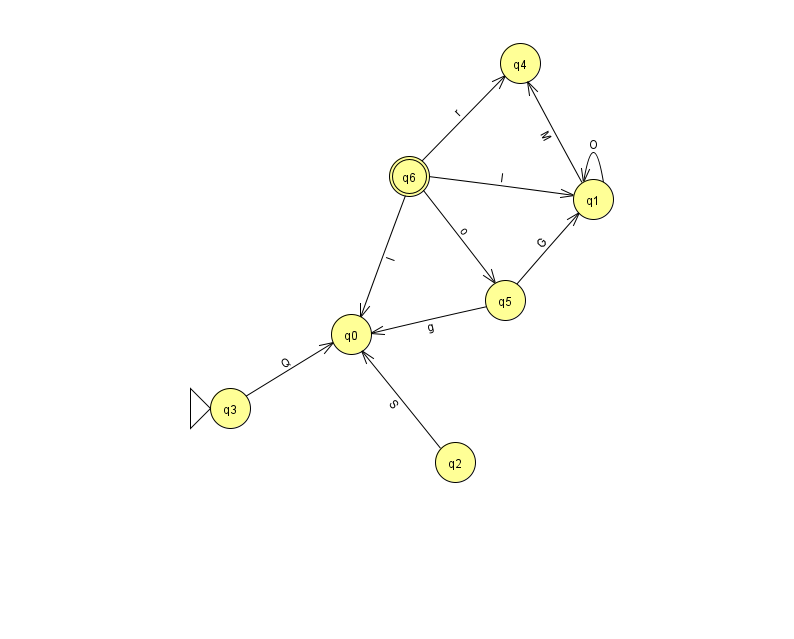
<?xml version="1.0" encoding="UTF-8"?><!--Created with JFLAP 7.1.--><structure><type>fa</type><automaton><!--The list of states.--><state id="0" name="q0"><x>351.0</x><y>321.0</y></state><state id="1" name="q1"><x>593.0</x><y>186.0</y></state><state id="2" name="q2"><x>455.0</x><y>449.0</y></state><state id="3" name="q3"><x>230.0</x><y>395.0</y><initial/></state><state id="4" name="q4"><x>520.0</x><y>50.0</y></state><state id="5" name="q5"><x>505.0</x><y>287.0</y></state><state id="6" name="q6"><x>409.0</x><y>163.0</y><final/></state><!--The list of transitions.--><transition><from>6</from><to>1</to><read>I</read></transition><transition><from>6</from><to>0</to><read>l</read></transition><transition><from>6</from><to>5</to><read>o</read></transition><transition><from>5</from><to>1</to><read>G</read></transition><transition><from>6</from><to>4</to><read>r</read></transition><transition><from>3</from><to>0</to><read>Q</read></transition><transition><from>1</from><to>4</to><read>M</read></transition><transition><from>5</from><to>0</to><read>g</read></transition><transition><from>2</from><to>0</to><read>S</read></transition><transition><from>1</from><to>1</to><read>O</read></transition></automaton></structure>